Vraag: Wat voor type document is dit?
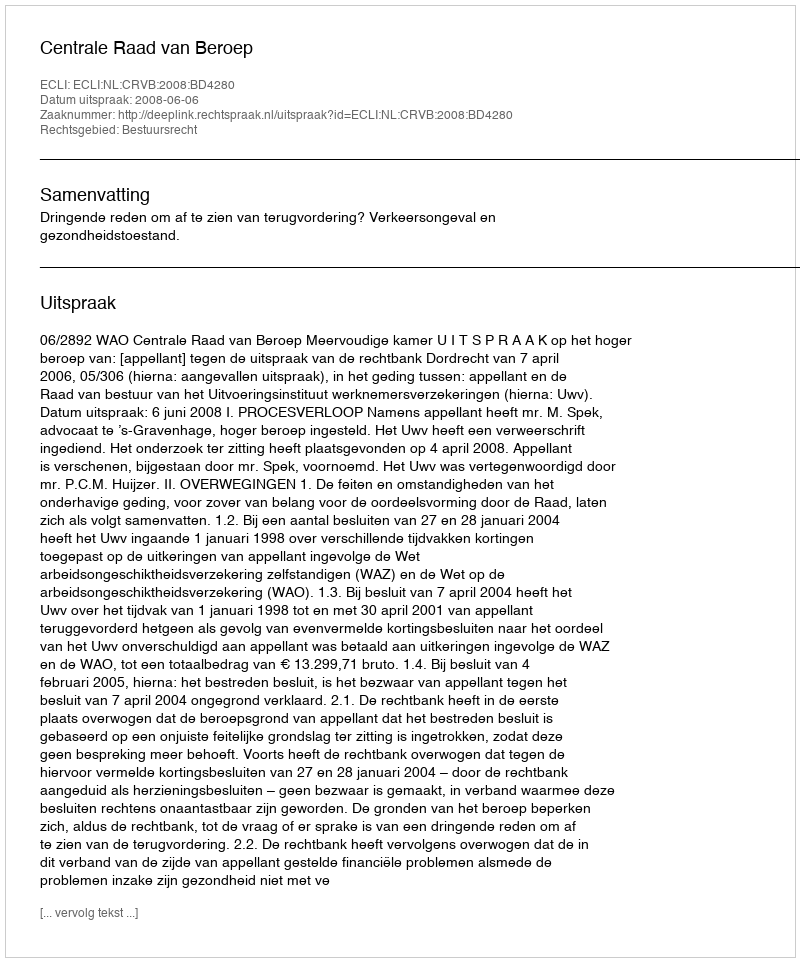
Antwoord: Uitspraak